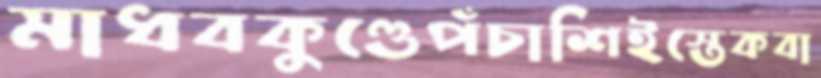
মাধবকুণ্ডেপঁচাশিইস্তেকবা